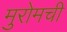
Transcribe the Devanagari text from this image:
मुरोमची